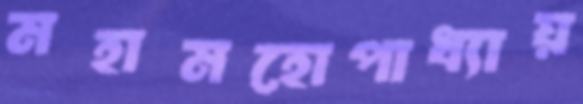
মহামহোপাধ্যায়